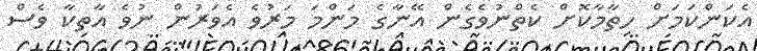
އެކަންކަމަށް ހިތާމާކޮށް ކެތްނުވެގެން އޭނާގެ މަންމަ މަރުވެ އެވަރުން ނުވެ އާތިކާ ވެސް